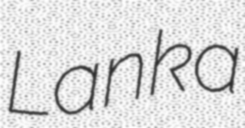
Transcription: Lanka